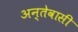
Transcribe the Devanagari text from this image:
अन्तेवासी